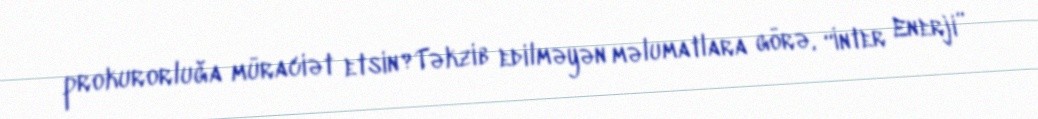
prokurorluğa müraciət etsin?Təkzib edilməyən məlumatlara görə, “İnter Enerji”